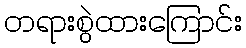
တရားစွဲထားကြောင်း